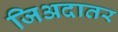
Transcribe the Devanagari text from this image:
जिअदातर